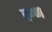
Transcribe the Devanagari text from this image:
स्र्ग्ण